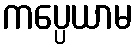
ကပ္ပေယာမ